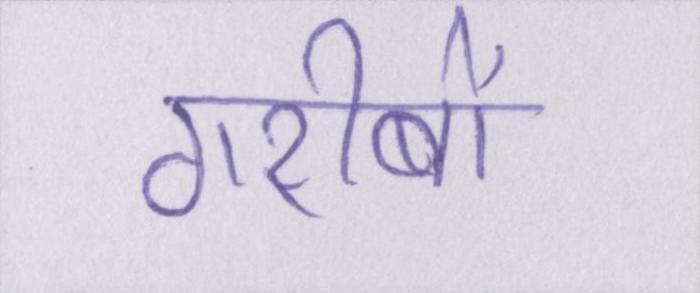
गरीबों